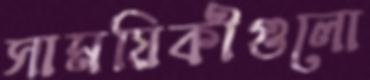
সাময়িকীগুলো